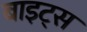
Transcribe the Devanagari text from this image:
बाइट्‌स